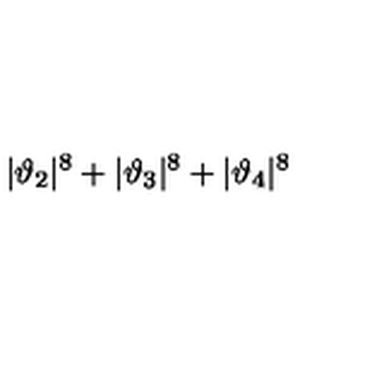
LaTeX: | \vartheta _ { 2 } | ^ { 8 } + | \vartheta _ { 3 } | ^ { 8 } + | \vartheta _ { 4 } | ^ { 8 }